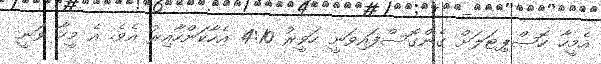
އެމީހާ ހޮސްޕިޓަލަށް ގެންގޮސްފައިވަނީ ހަވީރު 4:10 އެހާކަންހާއިރު އެވެ. އެ މީހާ ވަނީ